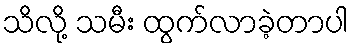
သိလို့ သမီး ထွက်လာခဲ့တာပါ